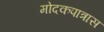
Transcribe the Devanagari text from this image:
मोदकपात्रास